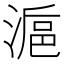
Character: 𣺣